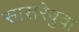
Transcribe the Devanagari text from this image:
सासरेबुवा